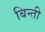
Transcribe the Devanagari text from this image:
बिन्ती